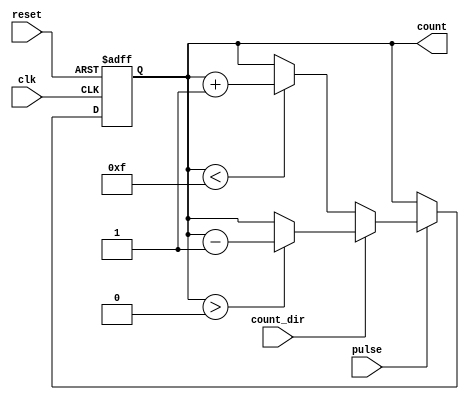
module pulse_counter #(
    parameter N = 4 // Parameter for bit-width of the counter
)(
    input wire clk,           // Clock signal
    input wire reset,         // Asynchronous active-high reset
    input wire pulse,         // Input pulse signal
    input wire count_dir,     // Count direction (0 for up, 1 for down)
    output reg [N-1:0] count  // N-bit output count value
);

// Always block triggered on the rising edge of the clock
always @(posedge clk or posedge reset) begin
    if (reset) begin
        count <= 0; // Reset the count to zero
    end else if (pulse) begin
        if (count_dir == 1'b0) begin
            // Count up
            if (count < (2**N - 1)) begin
                count <= count + 1; // Increment count
            end
        end else begin
            // Count down
            if (count > 0) begin
                count <= count - 1; // Decrement count
            end
        end
    end
end

endmodule